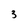
Character: 3